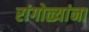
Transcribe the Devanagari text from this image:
रांगोळ्यांना